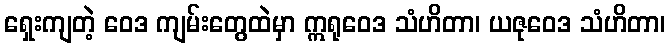
ရှေးကျတဲ့ ဝေဒ ကျမ်းတွေထဲမှာ ဣရုဝေဒ သံဟိတာ၊ ယဇုဝေဒ သံဟိတာ၊